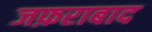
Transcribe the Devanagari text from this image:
जफ़राबाद